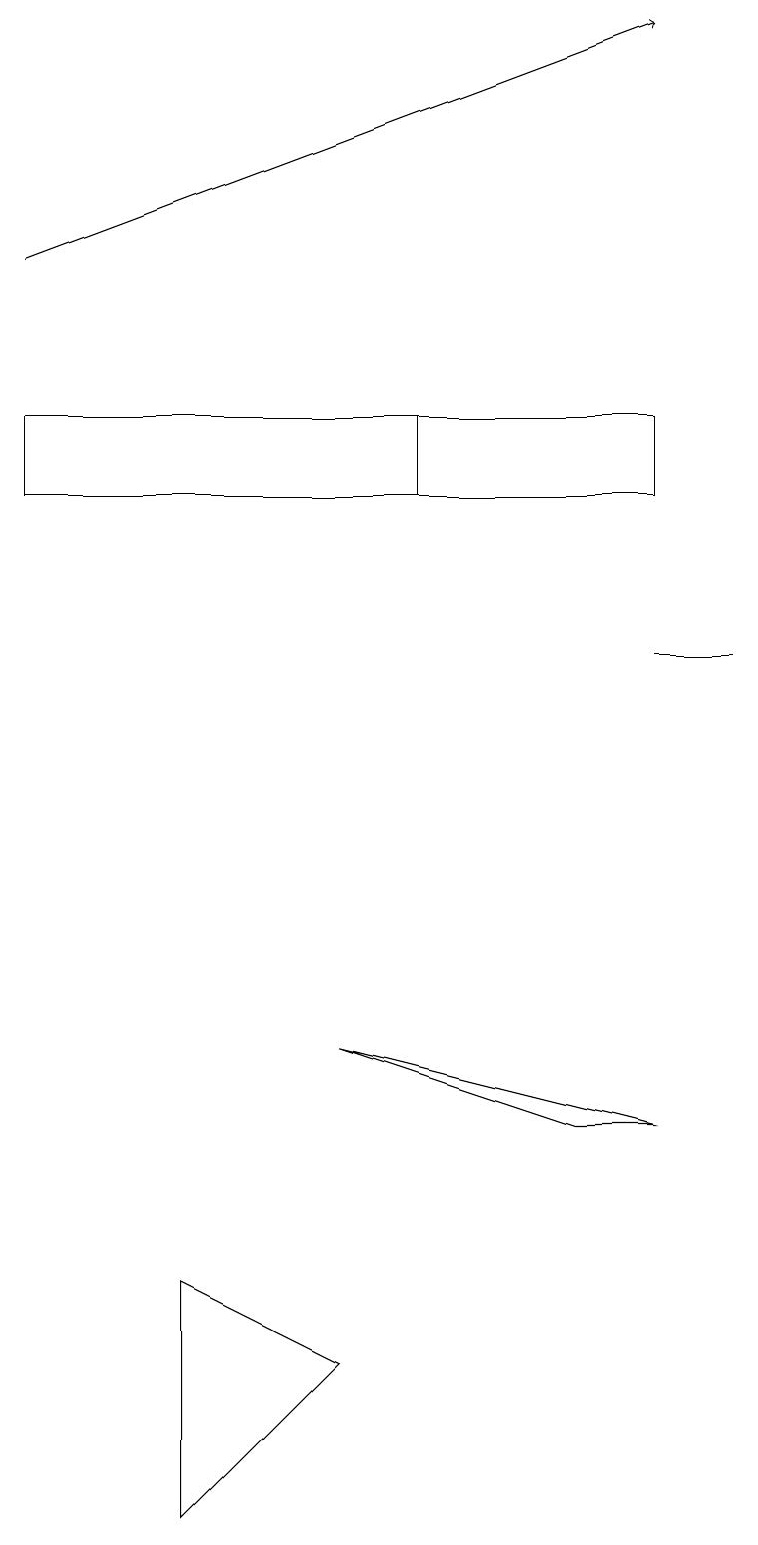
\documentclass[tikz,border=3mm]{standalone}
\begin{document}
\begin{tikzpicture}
\draw (5,13) rectangle (0,14);
\draw (9,11) rectangle (8,11);
\draw[->] (0,16) -- (8,19);
\draw (8,5) -- (4,6) -- (7,5) -- cycle;
\draw (8,14) rectangle (5,13);
\draw (2,3) -- (2,0) -- (4,2) -- cycle;
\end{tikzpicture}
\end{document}